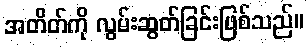
အတိတ်ကို လွမ်းဆွတ်ခြင်းဖြစ်သည်။